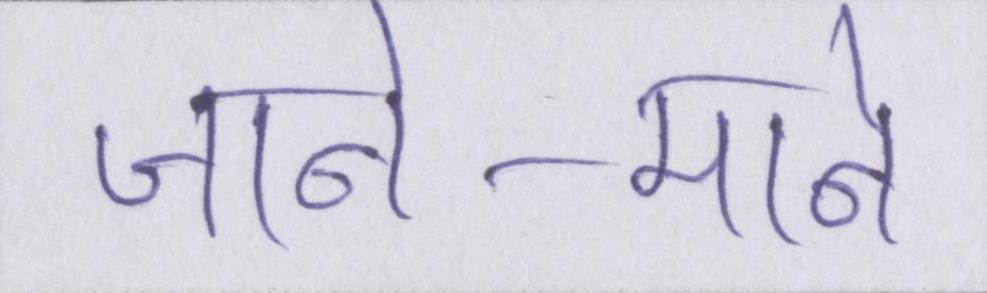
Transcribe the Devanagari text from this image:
जाने-माने